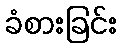
ခံစားခြင်း